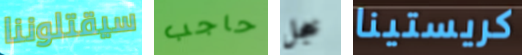
سيقتلوننا حاجب خجل كريستينا